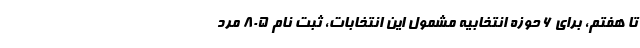
تا هفتم، برای ۶ حوزه انتخابیه مشمول این انتخابات، ثبت نام ۸۰۵ مرد